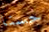
حسنا